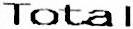
TOTAL